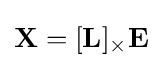
\mathbf {X} =[\mathbf {L} ]_{\times }\mathbf {E}